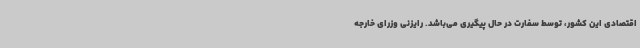
اقتصادی این کشور، توسط سفارت در حال پیگیری می‌باشد. رایزنی وزرای خارجه